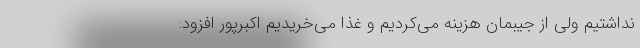
نداشتیم ولی از جیبمان هزینه می‌کردیم و غذا می‌خریدیم اکبرپور افزود: